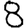
Digit: 8